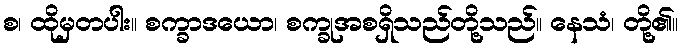
စ၊ ထိုမှတပါး။ စက္ခာဒယော၊ စက္ခုအစရှိသည်တို့သည်။ နေသံ၊ တို့၏။